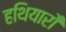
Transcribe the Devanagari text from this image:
हथियारो॑